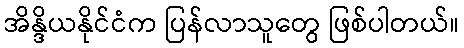
အိန္ဒိယနိုင်ငံက ပြန်လာသူတွေ ဖြစ်ပါတယ်။